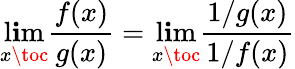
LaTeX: \operatorname*{l\mathbf{i}m}_{x\toc}{\frac{{f(x)}}{{g(x)}}}=\operatorname*{l\mathbf{i}m}_{x\toc}{\frac{{1/g(x)}}{{1/f(x)}}}